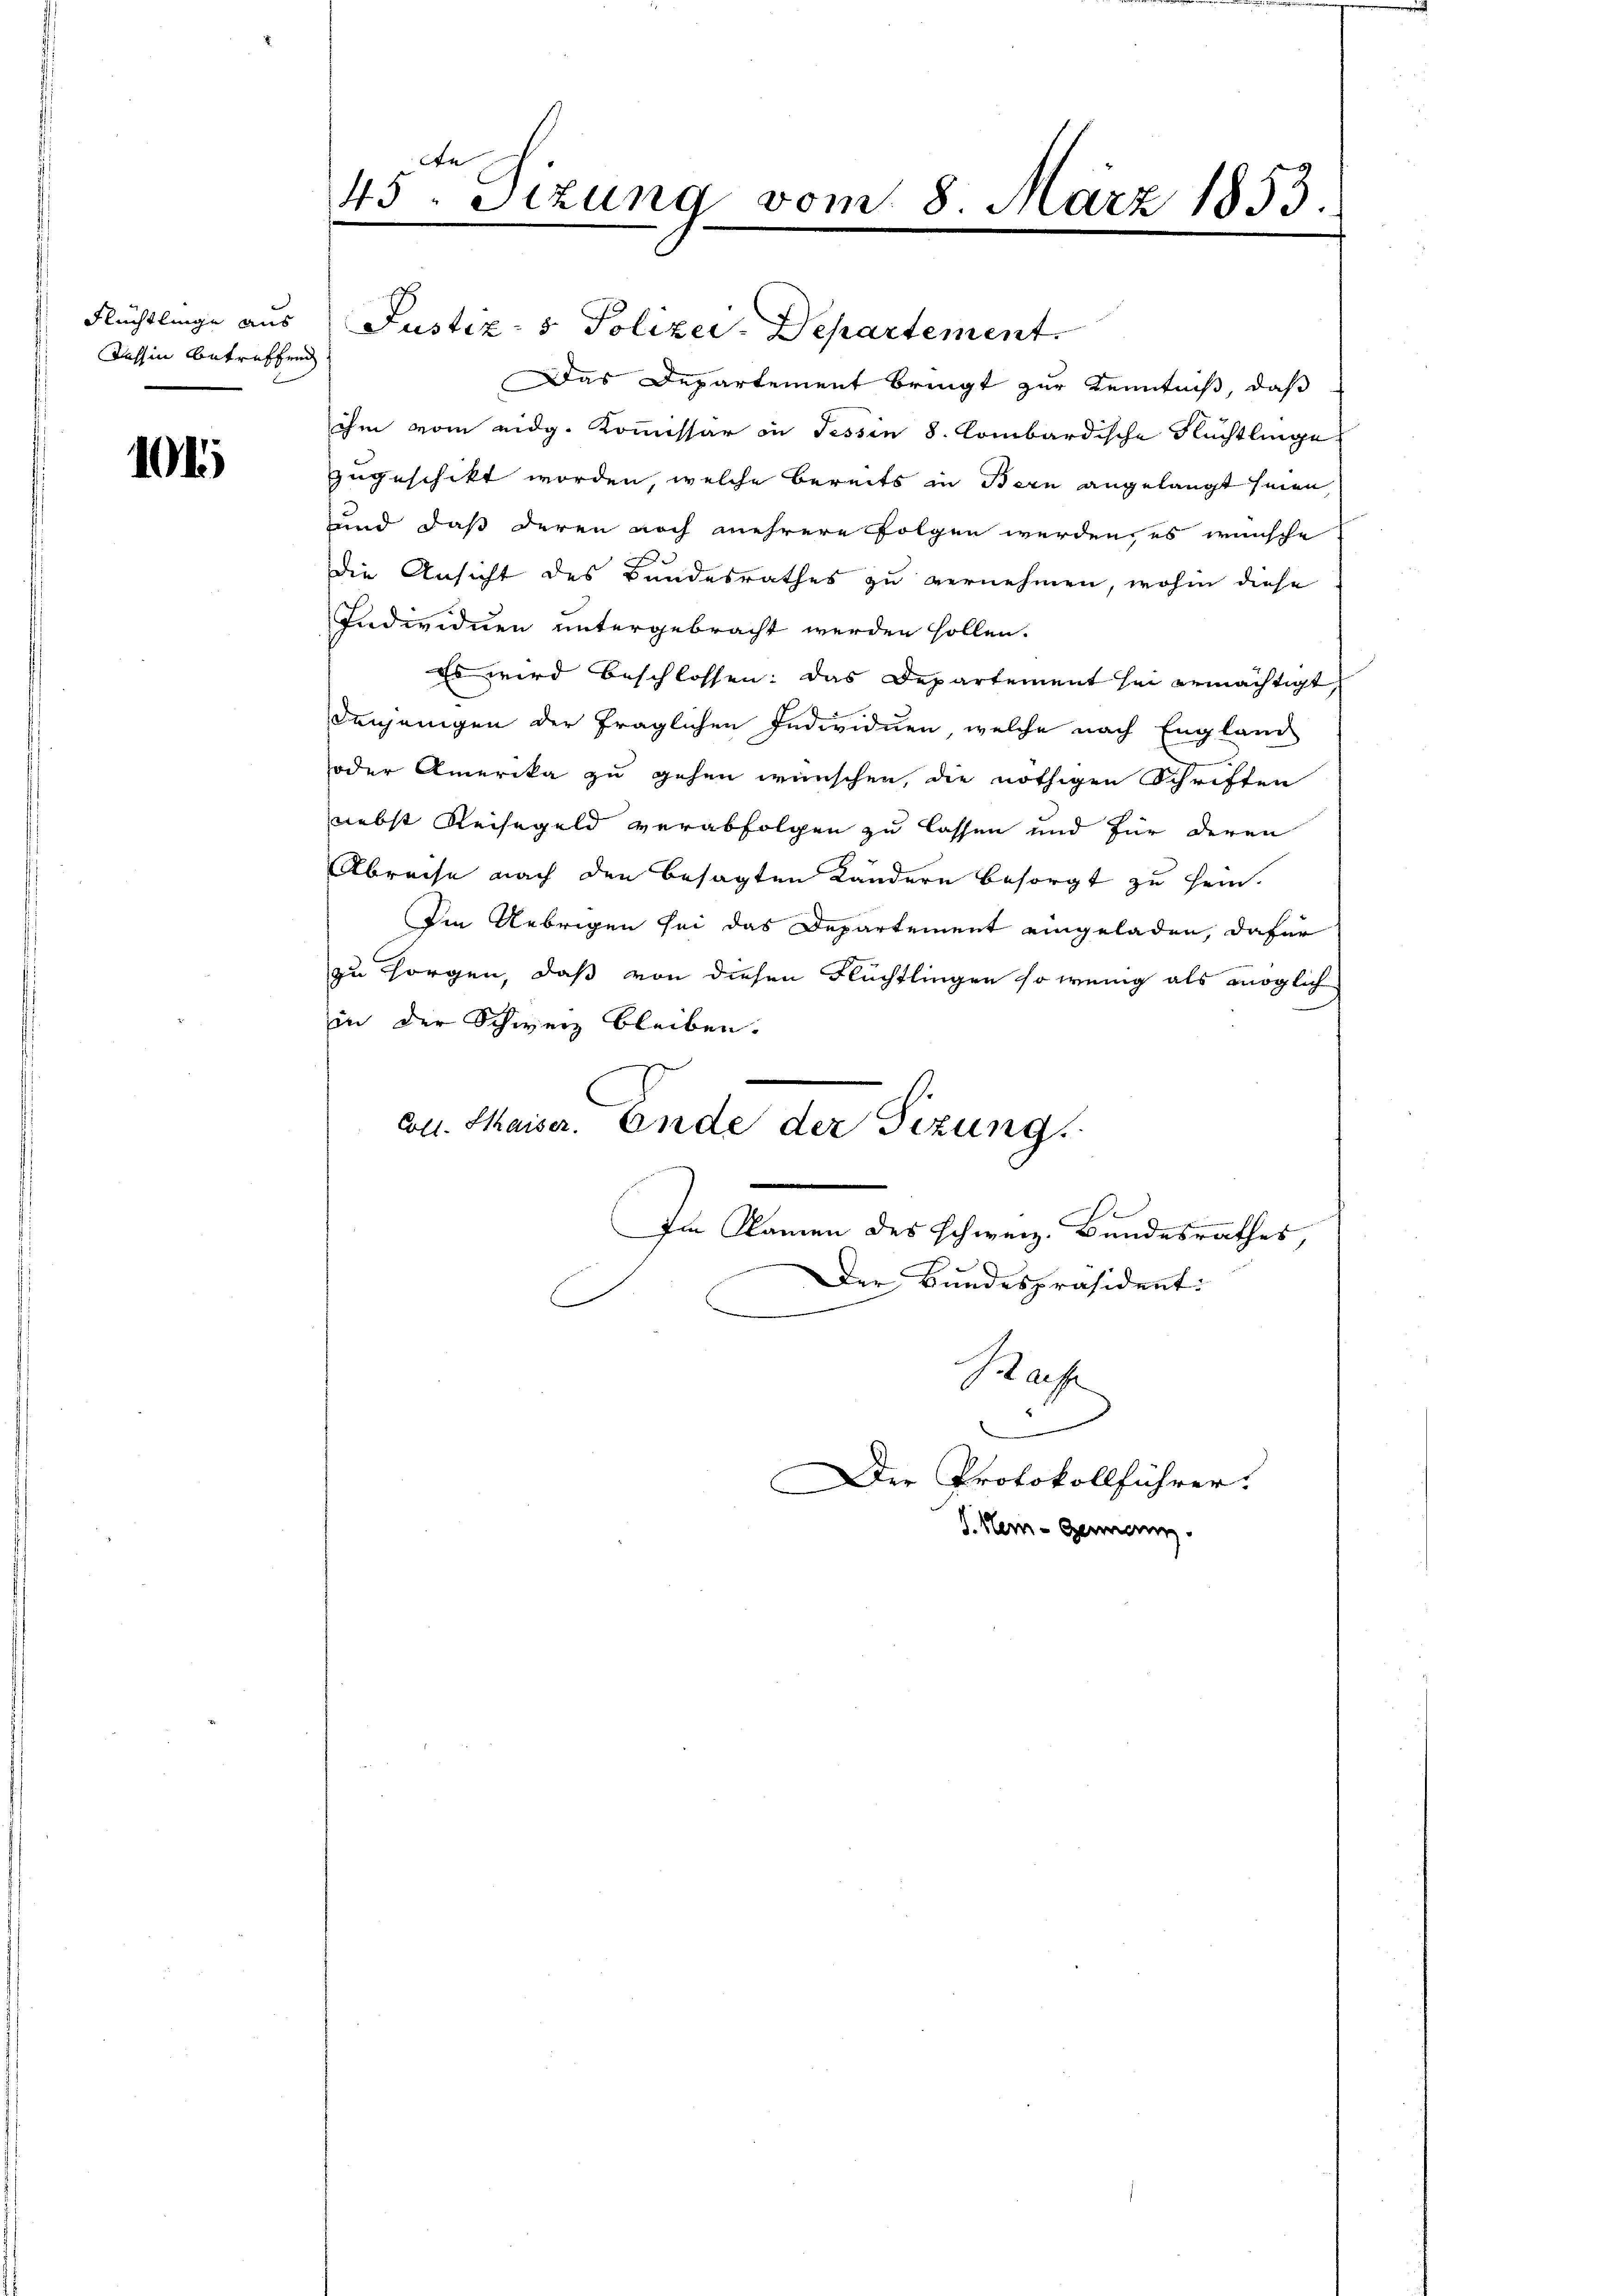
Tessin betreffend

104

bte
45. Sizung vom 8. März 1853.
.

Flüchtlinge aus Justiz- & Polizei-Departement.
Das Departement bringt zur Kenntniß, daß
ihm vom eidg. Kommissär in Tessin 8. Combardische Flüchtlinge
zugeschikt worden, welche bereits in Bern angelangt seien,
und daß deren noch mehrere folgen werden, es wünsche
die Ansicht des Bundesrathes zu vernehmen, wohin diese
Individuen untergebracht werden sollen.
Es wird beschlossen: das Departement sei ermächtigt
Denjenigen der fraglichen Individuen, welche nach England
oder Amerika zu gehen wünschen, die nöthigen Schriften
nebst Reisegeld verabfolgen zu lassen und für deren
Abreise nach den besagten Kändern besorgt zu sein.
Ien Uebrigen sei das Departement eingeladen, dafür
zu sorgen, daß von diesen Flüchtlingen so wenig als möglich
in der Schweiz bleiben.
bl. Kaiser. Ende der Sizung.
Im Namen des Schweiz. Bundesrathes,
Der Bundespräsident:
e
Hafe
.

Der Protokollführer.
V. Her- Genann